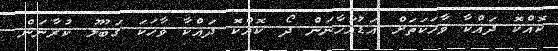
ކޮއްކޮ ދައްކާ ވާހަކަތަށް އަޑުއަހާނަން ދޯ ކޮއްކޮ ދައްކާ ވާހަކަ ގަބޫލު ކުރާނަން